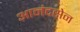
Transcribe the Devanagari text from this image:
आनंदसेन